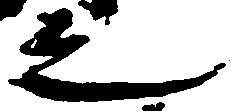
之